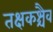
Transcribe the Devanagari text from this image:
तक्षकश्चैव